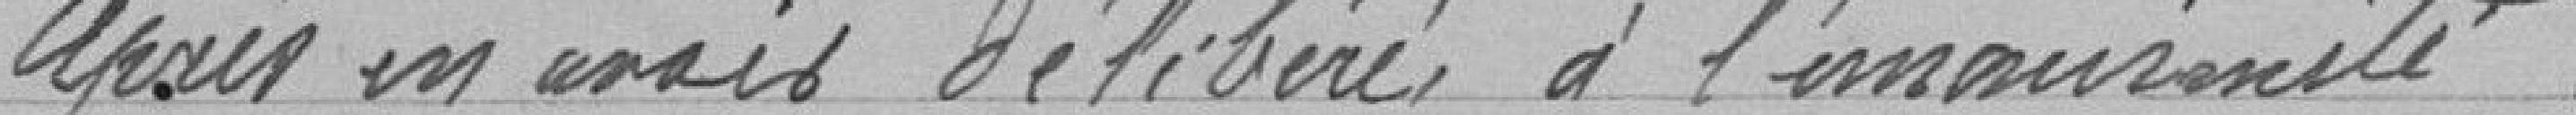
Après en avoir délibéré à l'unanimité